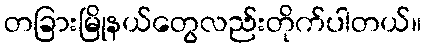
တခြားမြိုနယ်တွေလည်းတိုက်ပါတယ်။